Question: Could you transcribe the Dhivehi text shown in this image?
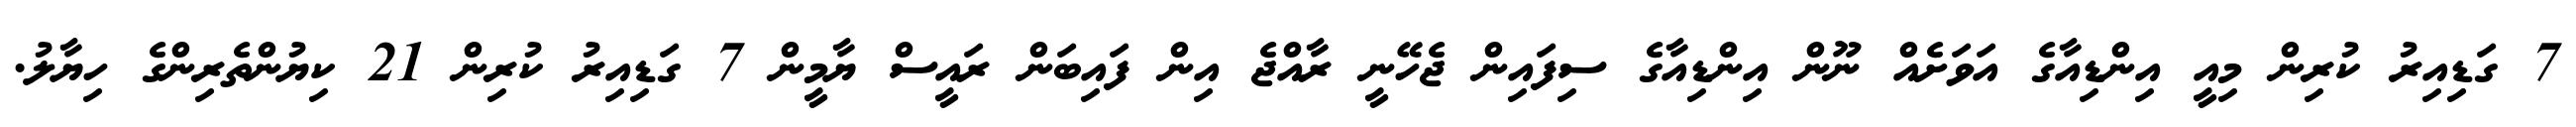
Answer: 7 ގަޑިއިރު ކުރިން މިއީ އިންޑިއާގެ އަވަށެއް ނޫން އިންޑިއާގެ ސިފައިން ޖެހޭނީ ރާއްޖެ އިން ފައިބަން ރައީސް ޔާމީން 7 ގަޑިއިރު ކުރިން 21 ކިޔުންތެރިންގެ ހިޔާލު.